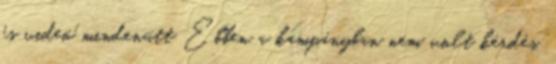
és videó mindenütt Ebben a kampányban nem volt kérdés,